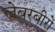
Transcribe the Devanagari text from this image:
लेबरबीरो